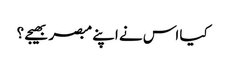
کیا اس نے اپنے مبصر بھیجے ؟